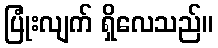
ပြုံးလျက် ရှိလေသည်။